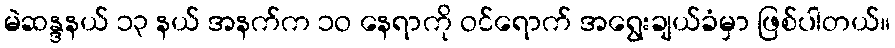
မဲဆန္ဒနယ် ၁၃ နယ် အနက်က ၁ဝ နေရာကို ဝင်ရောက် အရွေးချယ်ခံမှာ ဖြစ်ပါတယ်။